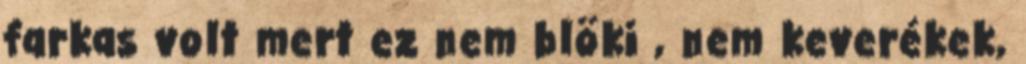
farkas volt mert ez nem blöki , nem keverékek,